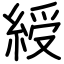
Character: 綬